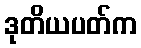
ဒုတိယပတ်က